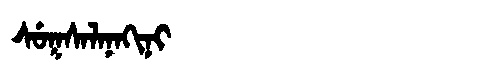
Manchu: ᠰᡠᡴᠰᠠᠯᠠᠨᠠᡴᡳᠨᡳ
Romanization: SUKSALANAKINI